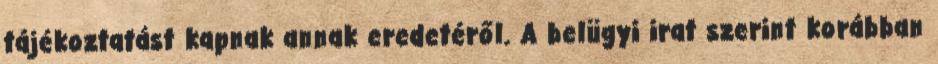
tájékoztatást kapnak annak eredetéről. A belügyi irat szerint korábban